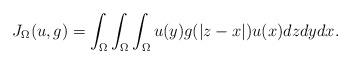
LaTeX: \begin{align*}J_{\Omega}(u,g)=\int_{\Omega}\int_{\Omega}\int_{\Omega}u(y)g(|z-x|)u(x)dzdydx.\end{align*}